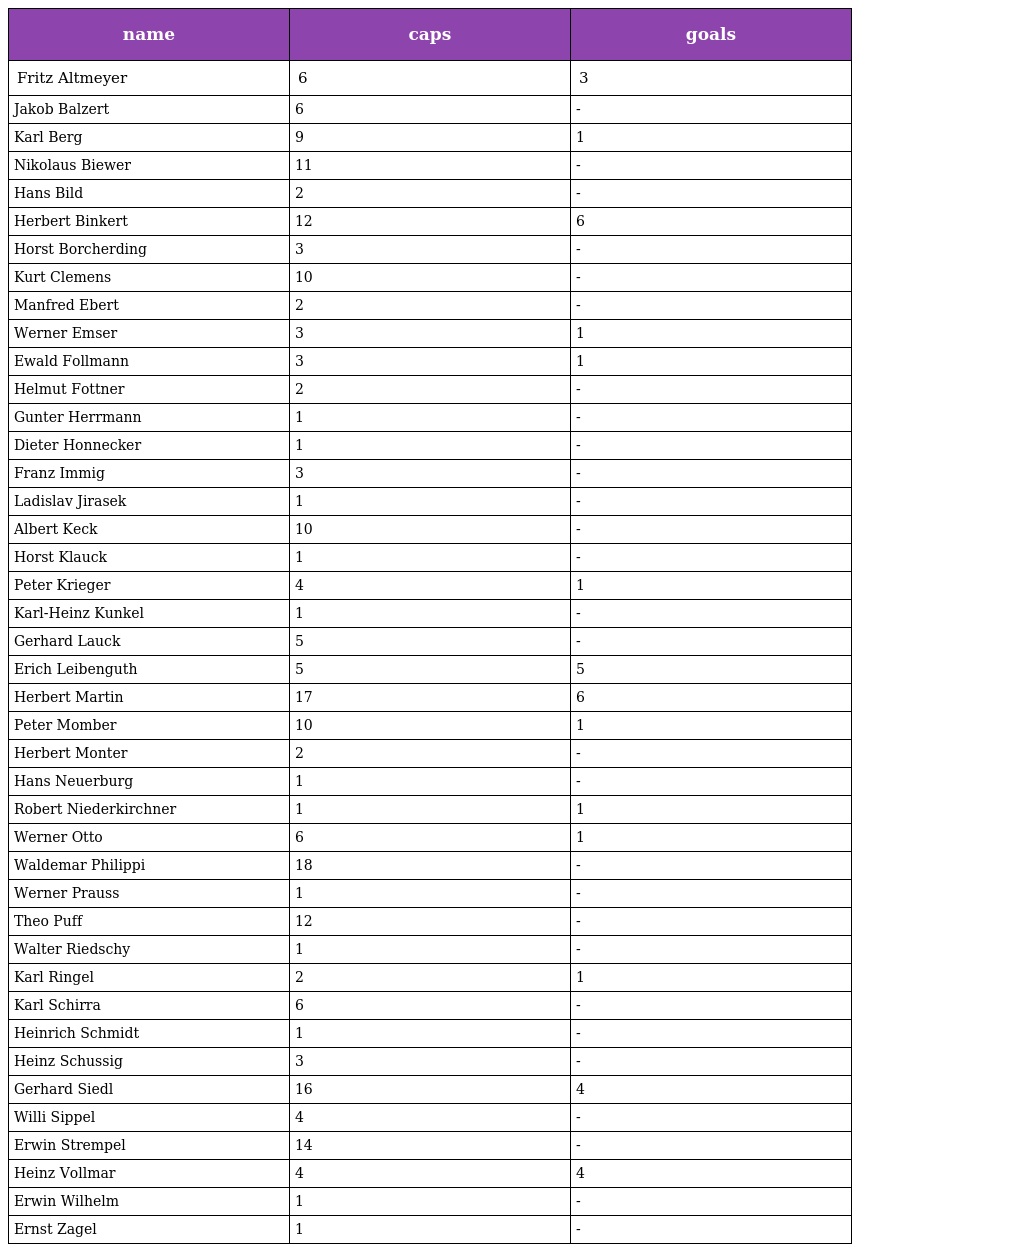
| name | caps | goals |
 | --- | --- | --- |
 | Fritz Altmeyer | 6 | 3 |
 | Jakob Balzert | 6 | - |
 | Karl Berg | 9 | 1 |
 | Nikolaus Biewer | 11 | - |
 | Hans Bild | 2 | - |
 | Herbert Binkert | 12 | 6 |
 | Horst Borcherding | 3 | - |
 | Kurt Clemens | 10 | - |
 | Manfred Ebert | 2 | - |
 | Werner Emser | 3 | 1 |
 | Ewald Follmann | 3 | 1 |
 | Helmut Fottner | 2 | - |
 | Gunter Herrmann | 1 | - |
 | Dieter Honnecker | 1 | - |
 | Franz Immig | 3 | - |
 | Ladislav Jirasek | 1 | - |
 | Albert Keck | 10 | - |
 | Horst Klauck | 1 | - |
 | Peter Krieger | 4 | 1 |
 | Karl-Heinz Kunkel | 1 | - |
 | Gerhard Lauck | 5 | - |
 | Erich Leibenguth | 5 | 5 |
 | Herbert Martin | 17 | 6 |
 | Peter Momber | 10 | 1 |
 | Herbert Monter | 2 | - |
 | Hans Neuerburg | 1 | - |
 | Robert Niederkirchner | 1 | 1 |
 | Werner Otto | 6 | 1 |
 | Waldemar Philippi | 18 | - |
 | Werner Prauss | 1 | - |
 | Theo Puff | 12 | - |
 | Walter Riedschy | 1 | - |
 | Karl Ringel | 2 | 1 |
 | Karl Schirra | 6 | - |
 | Heinrich Schmidt | 1 | - |
 | Heinz Schussig | 3 | - |
 | Gerhard Siedl | 16 | 4 |
 | Willi Sippel | 4 | - |
 | Erwin Strempel | 14 | - |
 | Heinz Vollmar | 4 | 4 |
 | Erwin Wilhelm | 1 | - |
 | Ernst Zagel | 1 | - |